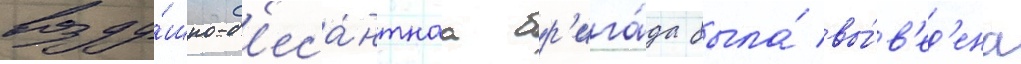
возду́шно-д'еса́нтнаа бр'ига́да была́ вы́в'ед'ена